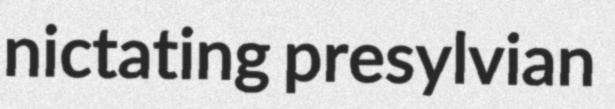
nictating presylvian